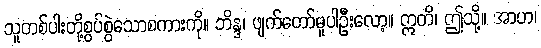
သူတစ်ပါးတို့စွပ်စွဲသောစကားကို။ ဘိန္ဒ၊ ဖျက်တော်မူပါဦးလော့။ ဣတိ၊ ဤသို့။ အာဟ၊